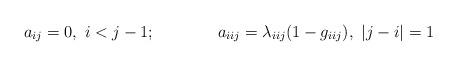
LaTeX: \begin{align*}a_{ij} &= 0, \ i < j - 1; & a_{iij} &= \lambda_{iij}(1-g_{iij}), \ \vert j - i\vert = 1\end{align*}